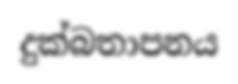
දුක්බතාපනය